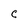
Character: C